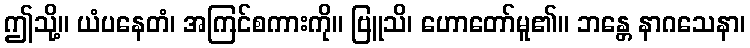
ဤသို့။ ယံပနေတံ၊ အကြင်စကားကို။ ဗြူသိ၊ ဟောတော်မူ၏။ ဘန္တေ နာဂသေနာ၊